Voisiku_vallavalitsus, lk 423
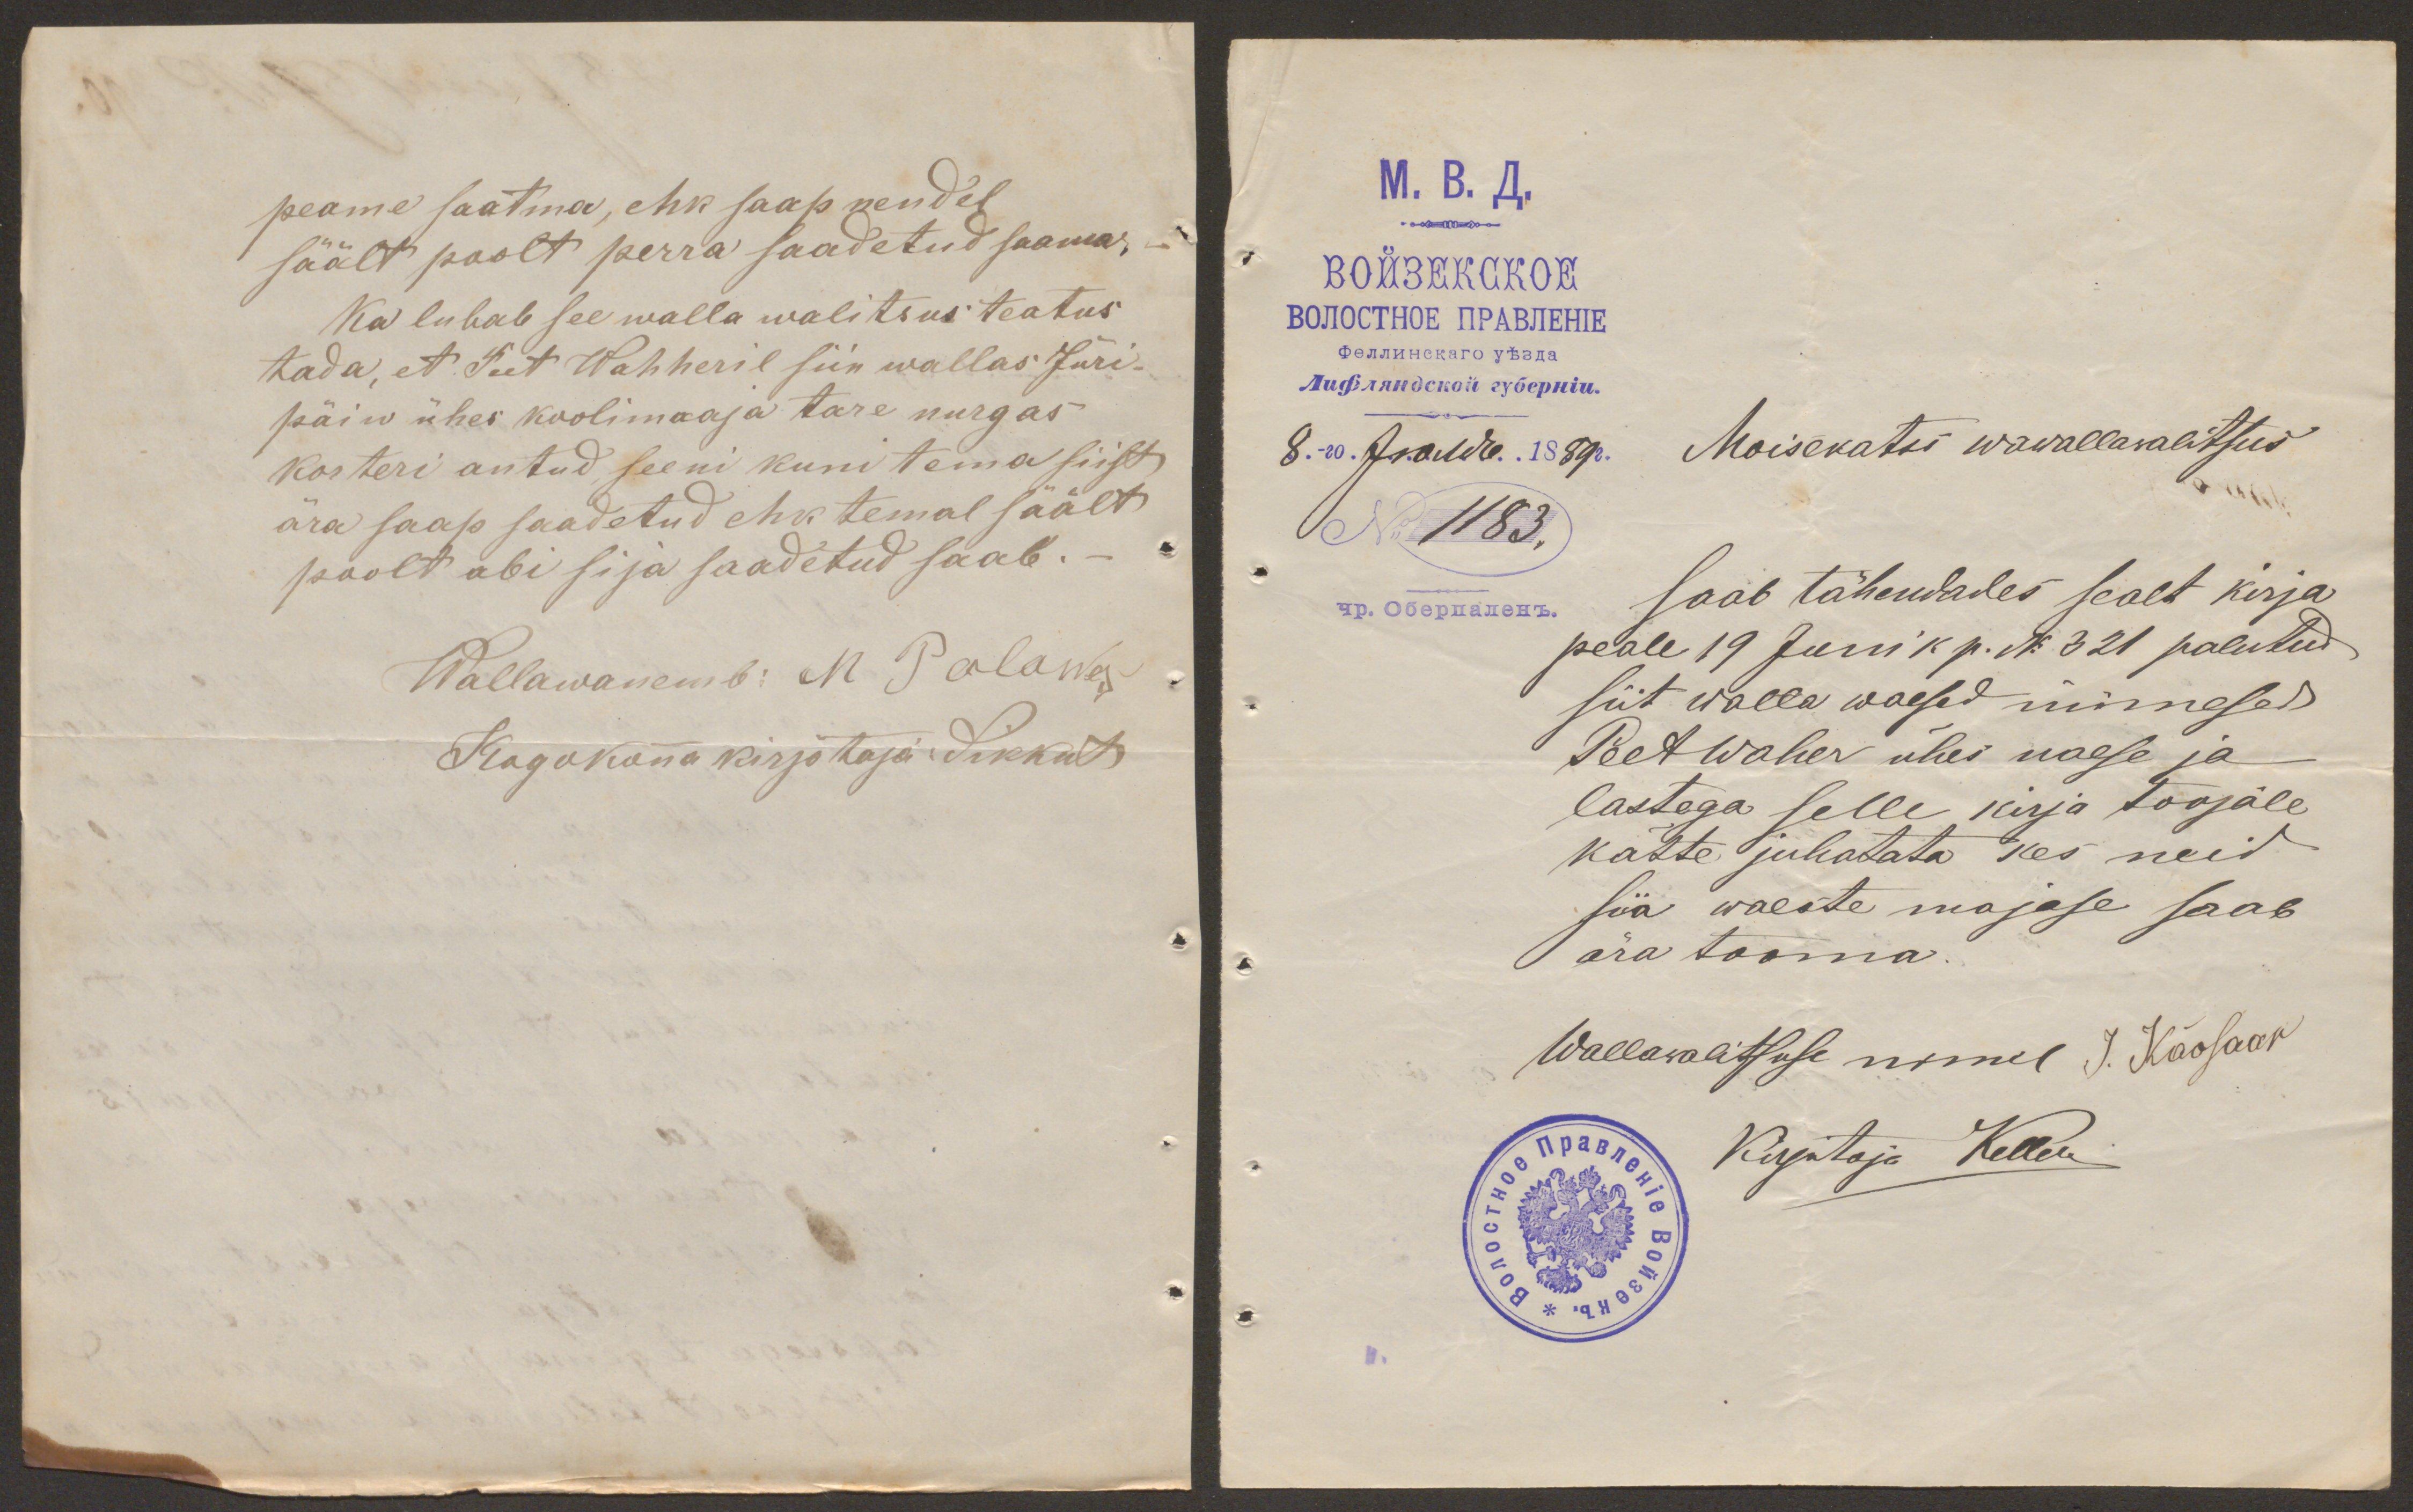
peame saatma, ehk saap nendel
säält poolt perra saadetud saama.
Ka lubab see walla walitsus teatus
tada, et Peet Wahheril siin wallas Jüri-
päiw ühes koolimaaja tare nurgas
korteri antud, seeni kuni tema siist
ära saap saadetud ehk temal säält
poolt abi sija saadetud saab.-
Wallawanemb: M Palawes
Kogokonna kirjotaja Sikkut

Moisekatsi wawallavalitsus
No 1183.
saab tähendades sealt kirja
peale 19 Juni k. p. No 321 palutud
siit walla waesed innimesed
Peet Waher ühes naese ja
lastega selle kirja toojale
kätte juhatata kes neid
siia waeste majase saab
ära tooma.
Wallawalitsuse nimel J. Kääosaar
Kirjutaja Keller